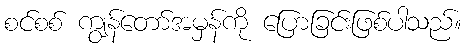
စင်စစ် ကျွန်တော်အမှန်ကို ပြောခြင်းဖြစ်ပါသည်။